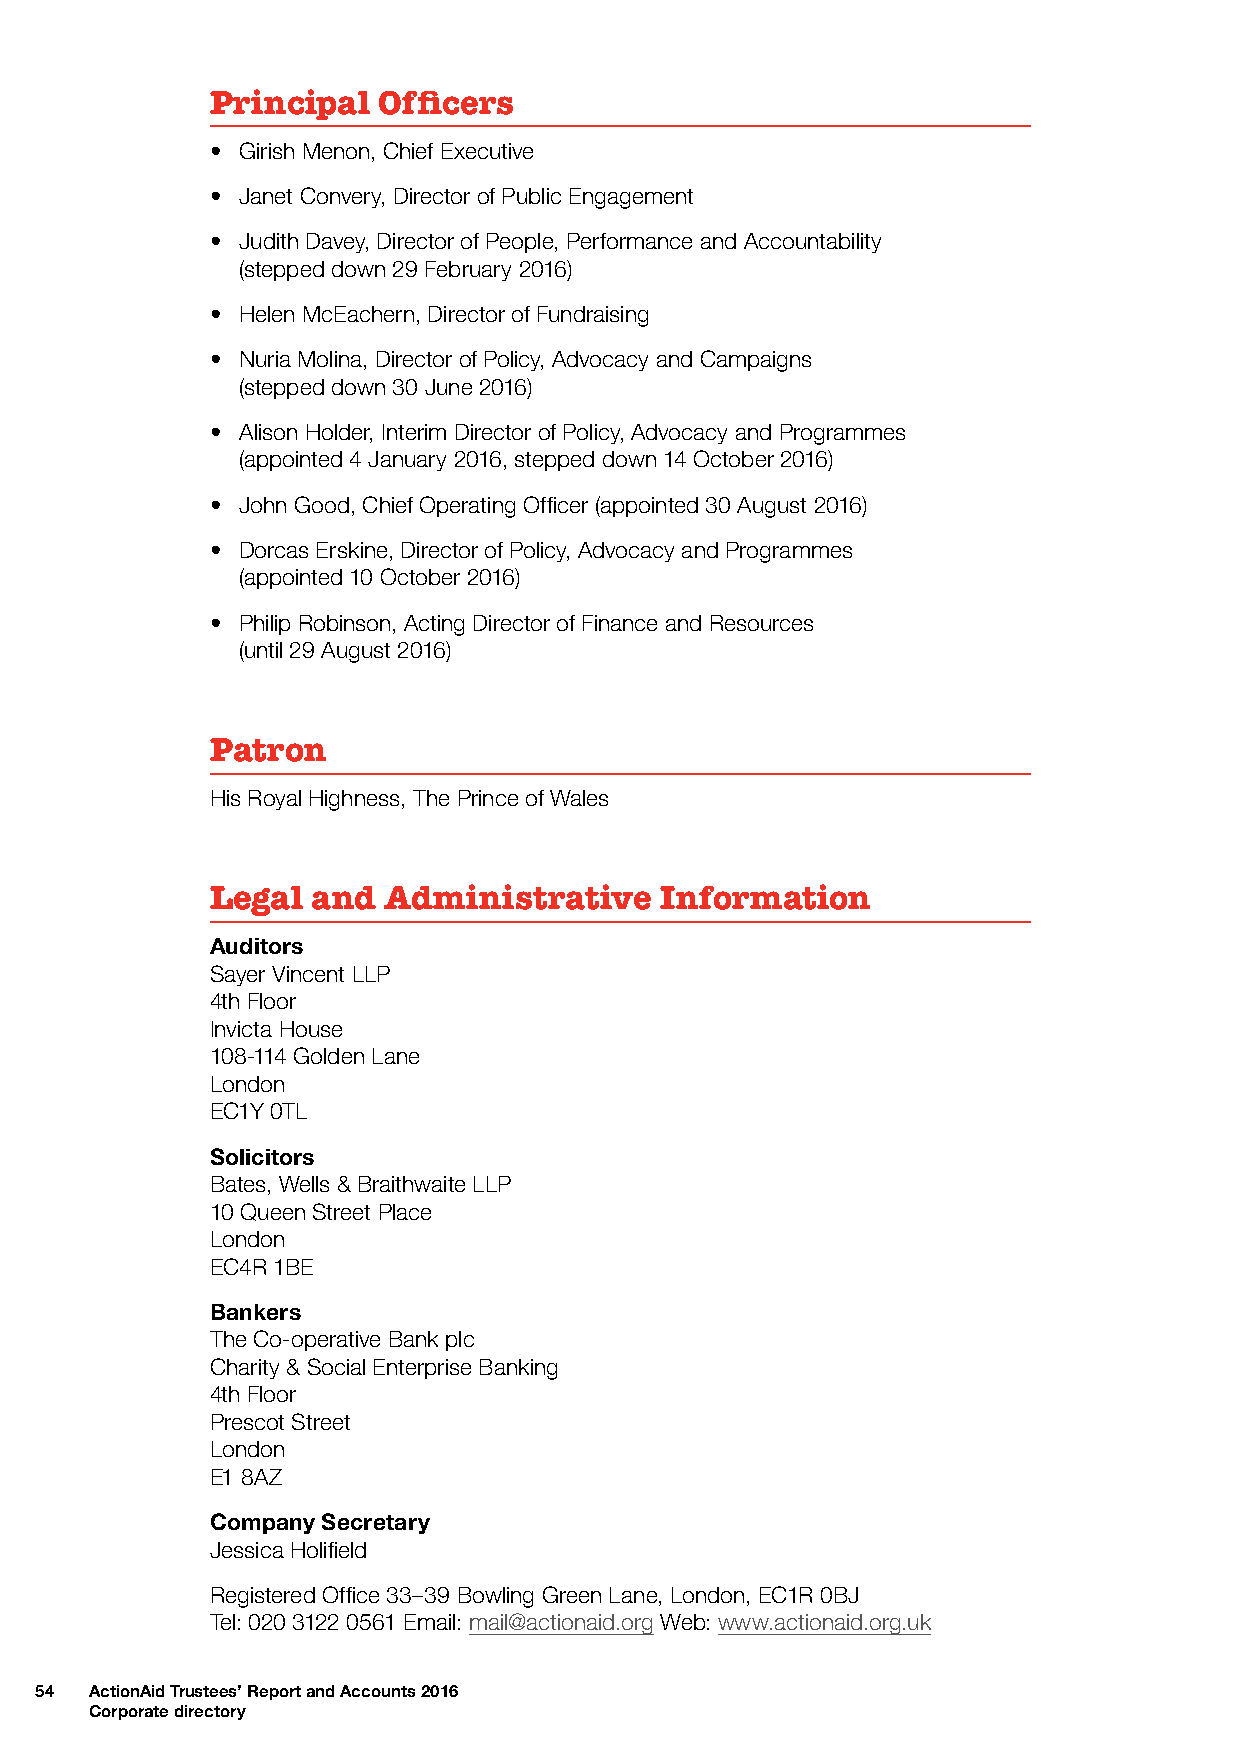
Principal  Officers
 • Girish Menon, Chief Executive
 • Janet Convery, Director of Public Engagement
 • Judith Davey, Director of People, Performance and Accountability
 (stepped down 29 February 2016)
 • Helen McEachern, Director of Fundraising
 • Nuria Molina, Director of Policy, Advocacy and Campaigns
 (stepped down 30 June 2016)
 • Alison Holder, Interim Director of Policy, Advocacy and Programmes
 (appointed 4 January 2016, stepped down 14 October 2016)
 • John Good, Chief Operating Officer (appointed 30 August 2016)
 • Dorcas Erskine, Director of Policy, Advocacy and Programmes
 (appointed 10 October 2016)
 • Philip Robinson, Acting Director of Finance and Resources
 (until 29 August 2016)
 Patron
 His Royal Highness, The Prince of Wales
 Legal  and Administrative     Information
 Auditors
 Sayer Vincent LLP
 4th Floor
 Invicta House
 108-114 Golden Lane
 London
 EC1Y 0TL
 Solicitors
 Bates, Wells & Braithwaite LLP
 10 Queen Street Place
 London
 EC4R 1BE
 Bankers
 The Co-operative Bank plc
 Charity & Social Enterprise Banking
 4th Floor
 Prescot Street
 London
 E1 8AZ
 Company Secretary
 Jessica Holifield
 Registered Office 33–39 Bowling Green Lane, London, EC1R 0BJ
 Tel: 020 3122 0561 Email: mail@actionaid.org Web: www.actionaid.org.uk
 54  ActionAid Trustees’ Report and Accounts 2016
 Corporate directory